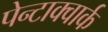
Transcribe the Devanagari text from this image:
पेन्टाक्वार्क